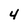
Character: 4